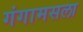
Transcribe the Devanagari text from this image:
गंगामसला